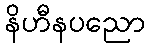
နိဟီနပညော